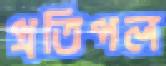
প্রতিপল